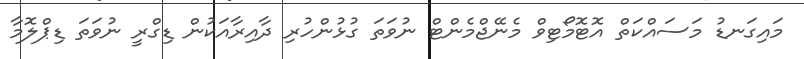
މައިގަނޑު މަސައްކަތް އޮޓޮމޯޓިވް މެނޭޖްމެންޓް ނުވަތަ ގުޅުންހުރި ދާއިރާއަކުން ޑިގްރީ ނުވަތަ ޑިޕްލޮމާ